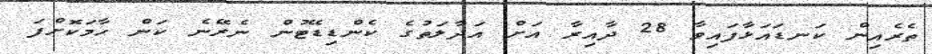
ތެރެއިން ކަނޑައަޅާފައިވާ 28 ދާއިރާ އަށް އަދާލަތުގެ ކެންޑިޑޭޓުން ނެރޭނެ ކަން ހާމަކޮށްފަ